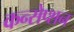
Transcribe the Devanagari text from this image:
कन्सेप्शन